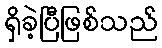
ရှိခဲ့ပြီဖြစ်သည်